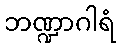
ဘဏ္ဍာဂါရံ